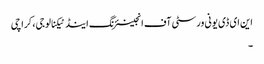
این ای ڈی یونی ورسٹی آف انجینئرنگ اینڈ ٹیکنالوجی، کراچی
۔